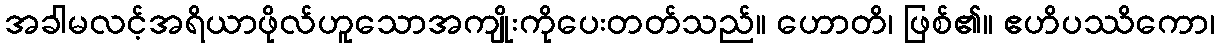
အခါမလင့်အရိယာဖိုလ်ဟူသောအကျိုးကိုပေးတတ်သည်။ ဟောတိ၊ ဖြစ်၏။ ဧဟိပဿိကော၊